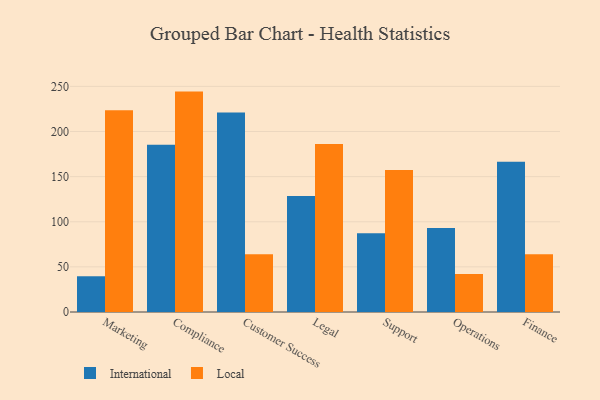
{"axis": {"x": "Department", "y": "Demand Index"}, "legend": ["International", "Local"], "data": [{"x": "Marketing", "y": 39.6, "type": "International"}, {"x": "Marketing", "y": 223.6, "type": "Local"}, {"x": "Compliance", "y": 185.3, "type": "International"}, {"x": "Compliance", "y": 244.2, "type": "Local"}, {"x": "Customer Success", "y": 221.1, "type": "International"}, {"x": "Customer Success", "y": 63.9, "type": "Local"}, {"x": "Legal", "y": 128.4, "type": "International"}, {"x": "Legal", "y": 186.2, "type": "Local"}, {"x": "Support", "y": 87.3, "type": "International"}, {"x": "Support", "y": 157.2, "type": "Local"}, {"x": "Operations", "y": 93.2, "type": "International"}, {"x": "Operations", "y": 42.2, "type": "Local"}, {"x": "Finance", "y": 166.4, "type": "International"}, {"x": "Finance", "y": 64.0, "type": "Local"}]}